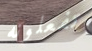
تفعلونه